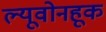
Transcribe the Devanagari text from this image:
ल्यूवोनहूक